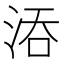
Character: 𣵞